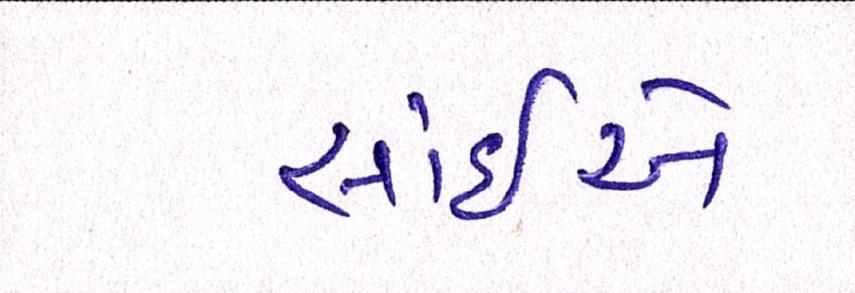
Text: સાંઈએ